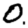
Digit: 0